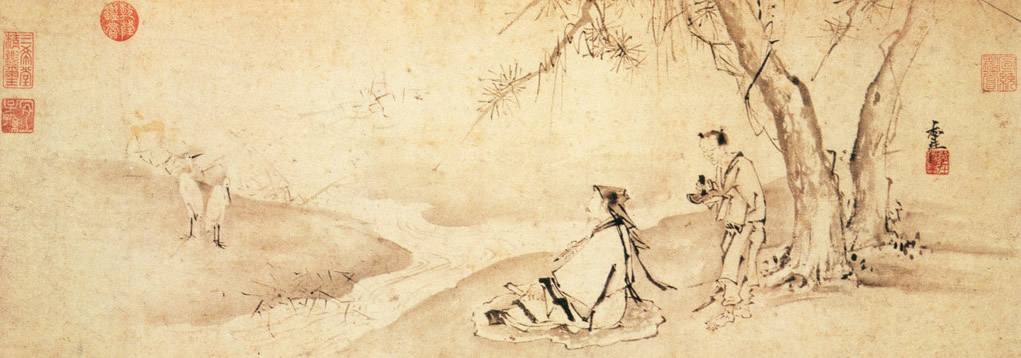
四面边声连角起，千嶂里，长烟落日孤城闭。